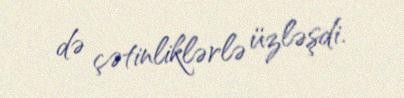
də çətinliklərlə üzləşdi.